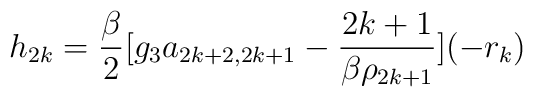
h_{2k} = \frac{\beta }{2}[ g_3 a_{2k+2,2k+1} -\frac{2k+1}{\beta \rho _{2k+1}}]  (-r_k)